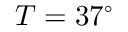
T = 3 7 ^ { \circ }